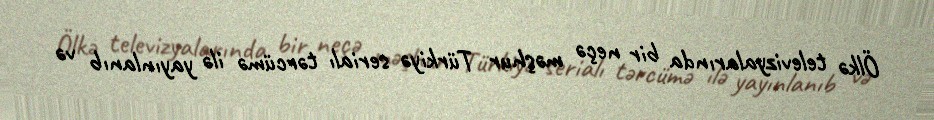
Ölkə televizyalarında bir neçə məşhur Türkiyə serialı tərcümə ilə yayınlanıb və